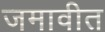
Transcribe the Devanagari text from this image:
जमावीत